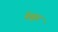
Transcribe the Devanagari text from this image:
येसूस